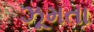
ઝૂમતા